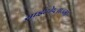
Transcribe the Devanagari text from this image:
साईटोप्लाज्मा